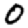
Digit: 0